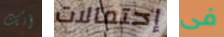
أنك إحتمالات فى